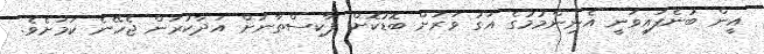
އީން ބުނެފައިވަނީ އެނިންމުމުގެ އަގު ވަރަށް ބޮޑުކޮށް ޕާކިސްތާނަށް އަދާކުރަން ޖެހޭނެ ކަމަށެވެ.